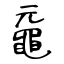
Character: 黿